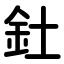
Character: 釷